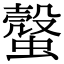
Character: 𧐜